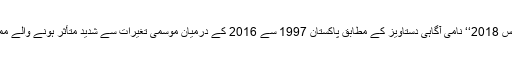
’’ گلوبل کلائمیٹ رسک انڈیکس 2018‘‘ نامی آگاہی دستاویز کے مطابق پاکستان 1997 سے 2016 کے درمیان موسمی تغیرات سے شدید متأثر ہونے والے ممالک میں ساتویں نمبر پر تھا۔